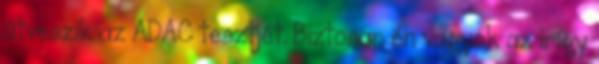
átveszik az ADAC tesztjét. Biztosan én vagyok az irígy